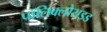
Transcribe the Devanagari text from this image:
पॉलिक्लोराइड